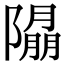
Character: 𨼖